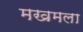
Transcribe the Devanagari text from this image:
मखमला